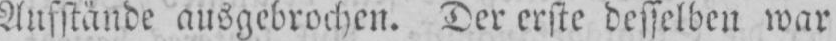
Aufstände ausgebrochen. Der erste desselben war